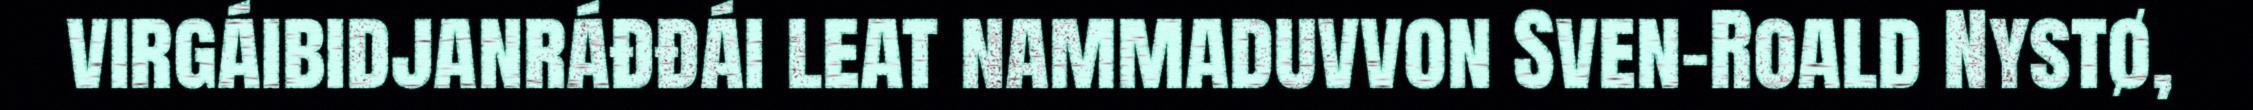
virgáibidjanráđđái leat nammaduvvon Sven-Roald Nystø,